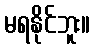
မရနိုင်ဘူး။